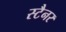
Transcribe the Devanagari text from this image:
स्टैनर